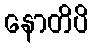
နောတိပိ